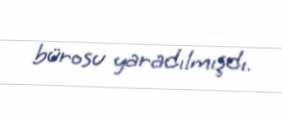
bürosu yaradılmışdı.